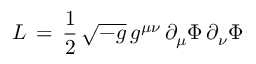
{ \cal L } \, = \, { \frac { 1 } { 2 } } \, \sqrt { - g } \, g ^ { \mu \nu } \, \partial _ { \mu } \Phi \, \partial _ { \nu } \Phi